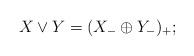
LaTeX: \begin{align*}X\vee Y = (X_-\oplus Y_-)_+;\end{align*}